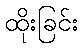
ထိုးခြင်း